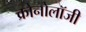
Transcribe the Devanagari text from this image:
क्रोनोलॉजी